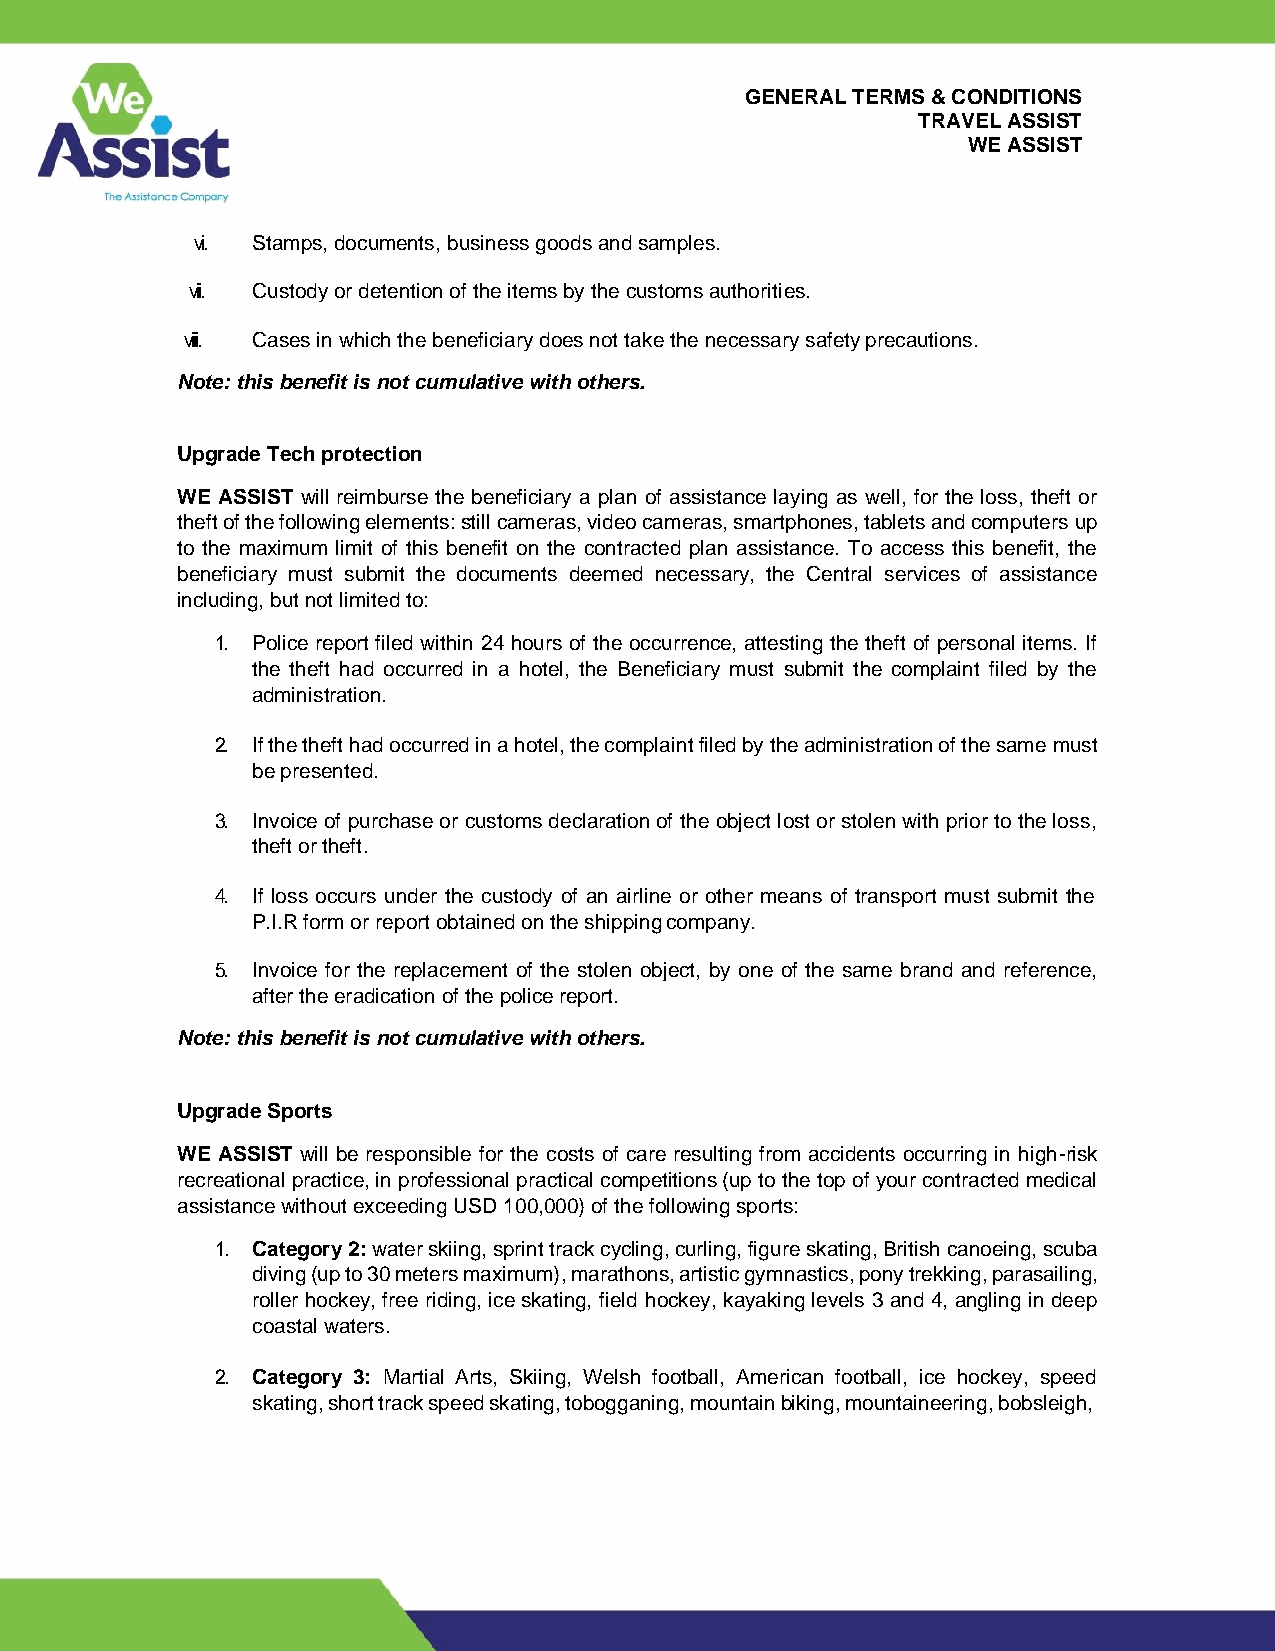
GENERAL TERMS & CONDITIONS
 TRAVEL ASSIST
 WE ASSIST
 vi. Stamps, documents, business goods and samples.
 vii. Custody or detention of the items by the customs authorities.
 viii. Cases in which the beneficiary does not take the necessary safety precautions.
 Note: this benefit is not cumulative with others.
 Upgrade Tech protection
 WE ASSIST will reimburse the beneficiary a plan of assistance laying as well, for the loss, theft or
 theft of the following elements: still cameras, video cameras, smartphones, tablets and computers up
 to the maximum limit of this benefit on the contracted plan assistance. To access this benefit, the
 beneficiary must submit the documents deemed necessary, the Central services of assistance
 including, but not limited to:
 1. Police report filed within 24 hours of the occurrence, attesting the theft of personal items. If
 the theft had occurred in a hotel, the Beneficiary must submit the complaint filed by the
 administration.
 2. If the theft had occurred in a hotel, the complaint filed by the administration of the same must
 be presented.
 3. Invoice of purchase or customs declaration of the object lost or stolen with prior to the loss,
 theft or theft.
 4. If loss occurs under the custody of an airline or other means of transport must submit the
 P.I.R form or report obtained on the shipping company.
 5. Invoice for the replacement of the stolen object, by one of the same brand and reference,
 after the eradication of the police report.
 Note: this benefit is not cumulative with others.
 Upgrade Sports
 WE ASSIST will be responsible for the costs of care resulting from accidents occurring in high-risk
 recreational practice, in professional practical competitions (up to the top of your contracted medical
 assistance without exceeding USD 100,000) of the following sports:
 1. Category 2: water skiing, sprint track cycling, curling, figure skating, British canoeing, scuba
 diving (up to 30 meters maximum), marathons, artistic gymnastics, pony trekking, parasailing,
 roller hockey, free riding, ice skating, field hockey, kayaking levels 3 and 4, angling in deep
 coastal waters.
 2. Category 3: Martial Arts, Skiing, Welsh football, American football, ice hockey, speed
 skating, short track speed skating, tobogganing, mountain biking, mountaineering, bobsleigh,